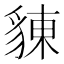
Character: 𧳣